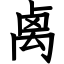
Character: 禼